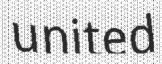
united